Indian journal of veterinary science and animal husbandry - Volumes 26-27, 1956-1957
Year: 1956
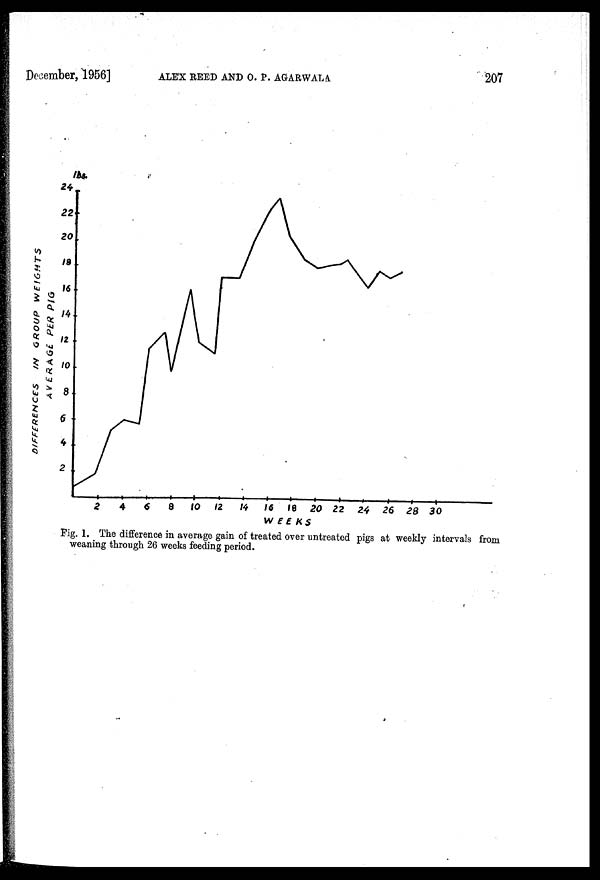
December, 1956]
ALEX
REED
AND
O.
P.
AGARWALA
207
Fig. 1. The difference in average gain of treated over untreated pigs at weekly intervals from
weaning through 26 weeks feeding period.